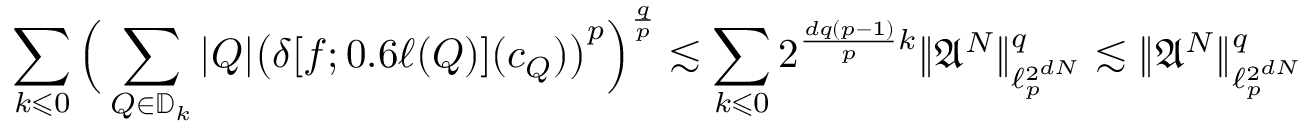
{ \sum _ { k \leqslant 0 } \Big ( \sum _ { Q \in \mathbb { D } _ { k } } | Q | \big ( \delta [ f ; 0 . 6 \ell ( Q ) ] ( c _ { Q } ) \big ) ^ { p } \Big ) ^ { \frac { q } { p } } \lesssim \sum _ { k \leqslant 0 } 2 ^ { \frac { d q ( p - 1 ) } { p } k } \| \mathfrak { A } ^ { N } \| _ { \ell _ { p } ^ { 2 ^ { d N } } } ^ { q } \lesssim \| \mathfrak { A } ^ { N } \| _ { \ell _ { p } ^ { 2 ^ { d N } } } ^ { q } }